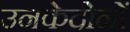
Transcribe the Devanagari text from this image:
उनकेदोनों